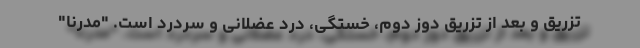
تزریق و بعد از تزریق دوز دوم، خستگی، درد عضلانی و سردرد است. "مدرنا"